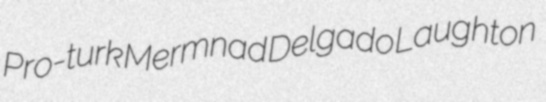
Pro-turk Mermnad Delgado Laughton